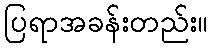
ပြရာအခန်းတည်း။